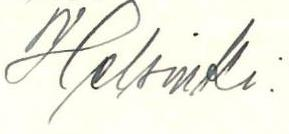
Helsinki.